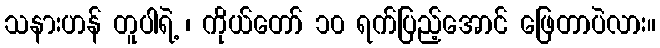
သနားဟန် တူပါရဲ့ ၊ ကိုယ်တော် ၁၀ ရက်ပြည့်အောင် ဖြေတာပဲလား။